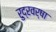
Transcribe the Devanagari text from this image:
रुद्रवर्षा